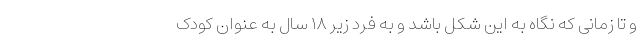
و تا زمانی که نگاه به این شکل باشد و به فرد زیر ۱۸ سال به عنوان کودک